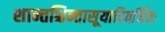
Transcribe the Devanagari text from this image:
शान्तश्चिन्तासूयादिवर्जितः